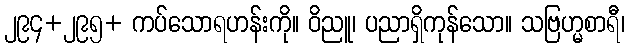
၂၉၄+၂၉၅+ ကပ်သောရဟန်းကို။ ဝိညူ၊ ပညာရှိကုန်သော။ သဗြဟ္မစာရီ၊